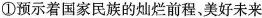
①预示着国家民族的灿烂前程，美好未来